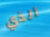
الذي